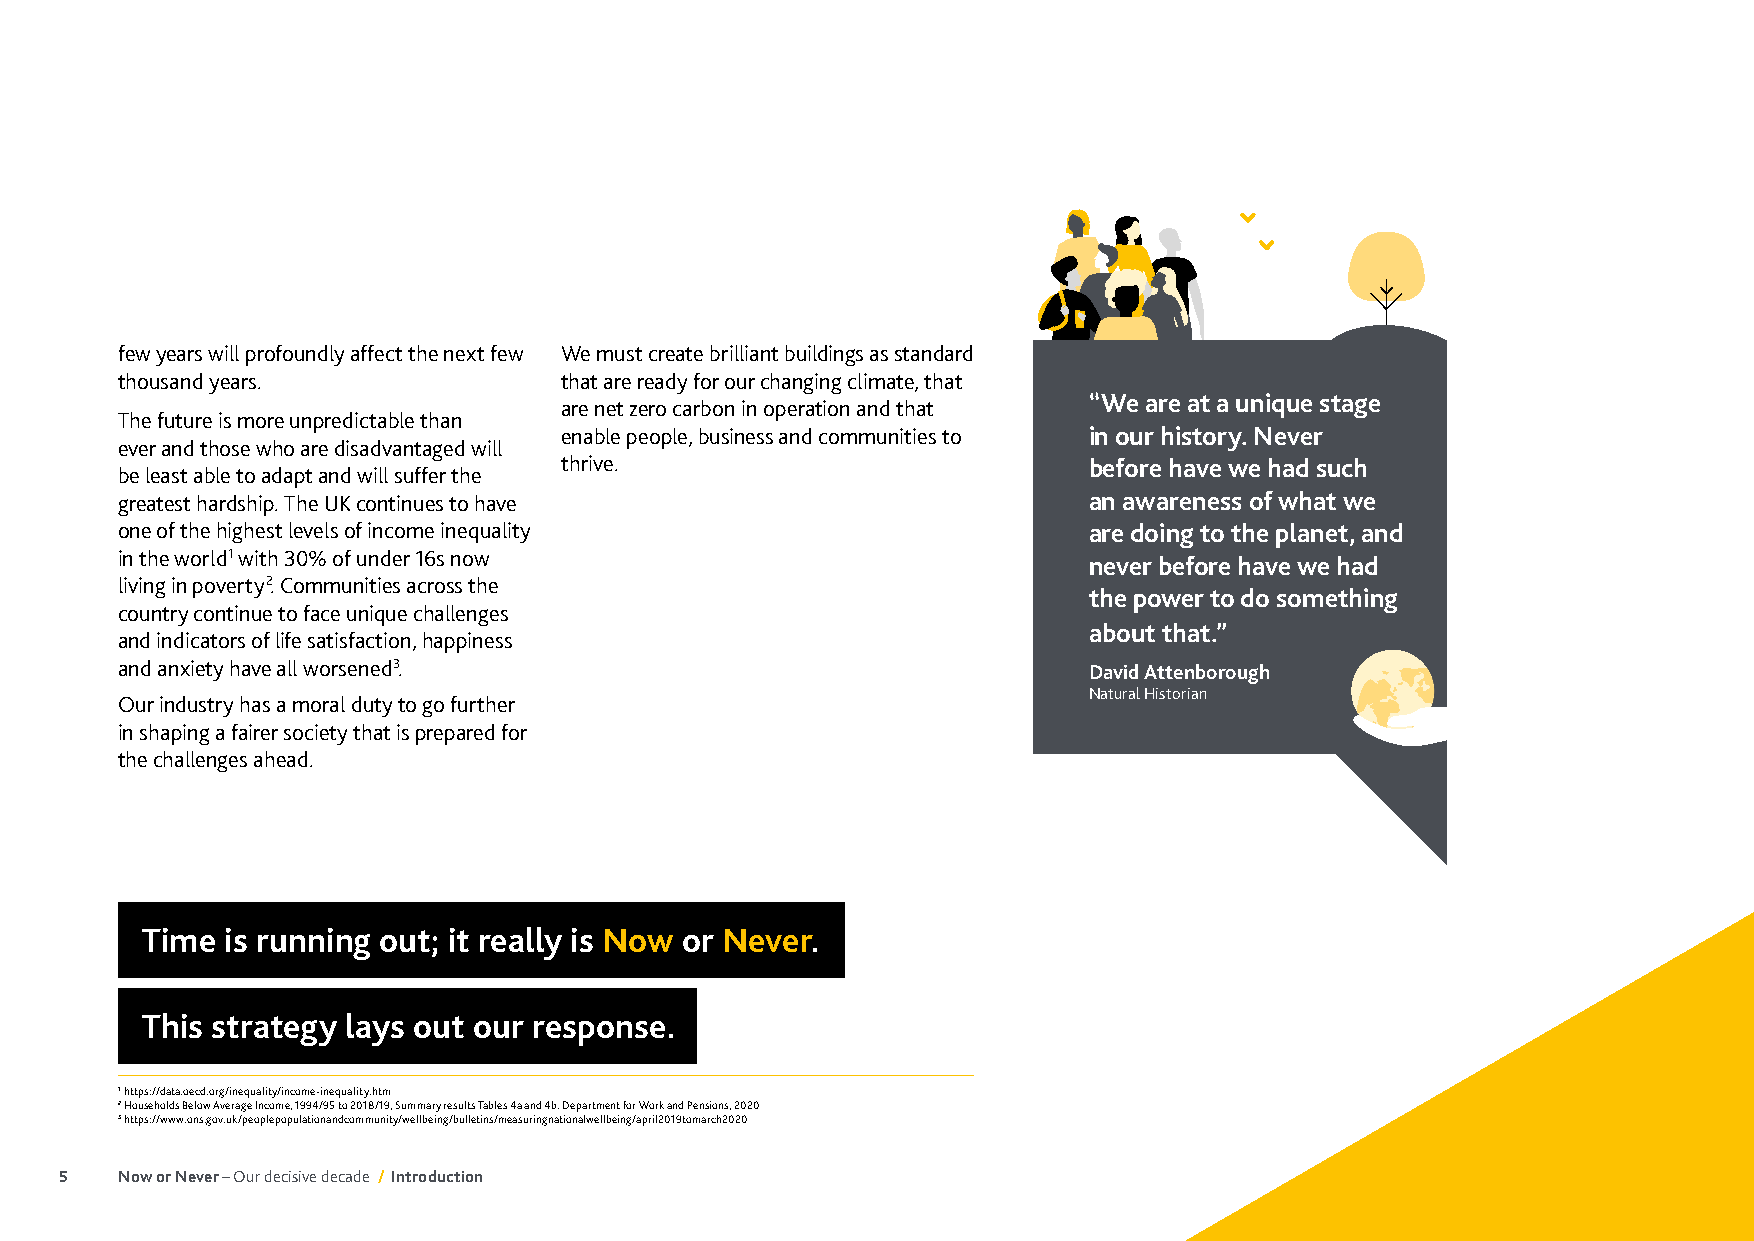
few years will profoundly affect the next few We must create brilliant buildings as standard
 thousand years.              that are ready for our changing climate, that
 “We are at a unique stage
 are net zero carbon in operation and that
 The future is more unpredictable than
 enable people, business and communities to in our history. Never
 ever and those who are disadvantaged will
 thrive.                            before have we had such
 be least able to adapt and will suffer the
 greatest hardship. The UK continues to have                     an awareness of what we
 one of the highest levels of income inequality                  are doing to the planet, and
 in the world1 with 30% of under 16s now                         never before have we had
 living in poverty2. Communities across the
 the power to do something
 country continue to face unique challenges
 about that.”
 and indicators of life satisfaction, happiness
 and anxiety have all worsened3.                                 David Attenborough
 Natural Historian
 Our industry has a moral duty to go further
 in shaping a fairer society that is prepared for
 the challenges ahead.
 Time  is running out; it really is Now or Never.
 This strategy lays out our response.
 1 https://data.oecd.org/inequality/income-inequality.htm
 2 Households Below Average Income, 1994/95 to 2018/19, Summary results Tables 4a and 4b. Department for Work and Pensions, 2020
 3 https://www.ons.gov.uk/peoplepopulationandcommunity/wellbeing/bulletins/measuringnationalwellbeing/april2019tomarch2020
 5   Now or Never – Our decisive decade / Introduction